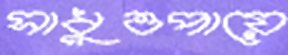
সাধুওপায়ে